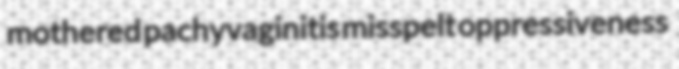
mothered pachyvaginitis misspelt oppressiveness